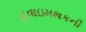
હવાઇમથકની